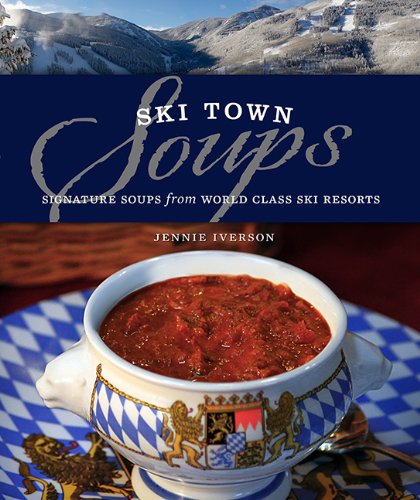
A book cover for Ski Town Soups; Jennie Iverson; Cookbooks, Food & Wine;